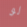
لو